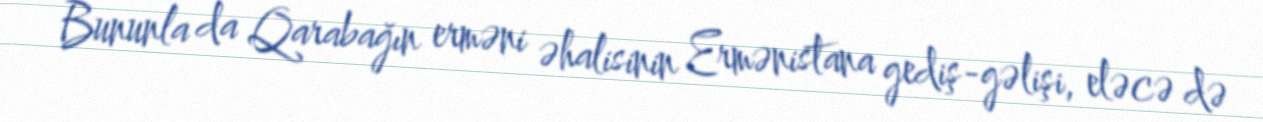
Bununla da Qarabağın erməni əhalisinin Ermənistana gediş-gəlişi, eləcə də